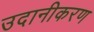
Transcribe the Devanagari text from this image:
उदानीकरण